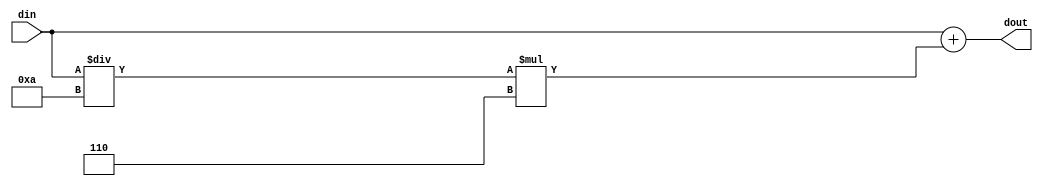
module b2bcd_99 (
	input [19:0] din,
	output [19:0] dout
);

	assign dout = din + (din / 8'd10) * 8'd6;

endmodule